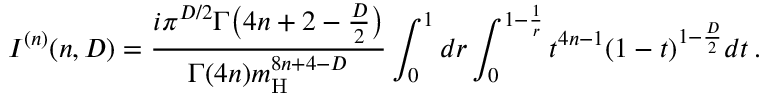
I ^ { ( n ) } ( n , D ) = \frac { i \pi ^ { D / 2 } \Gamma \big ( 4 n + 2 - \frac { D } { 2 } \big ) } { \Gamma ( 4 n ) m _ { \mathrm { H } } ^ { 8 n + 4 - D } } \int _ { 0 } ^ { 1 } d r \int _ { 0 } ^ { 1 - \frac { 1 } { r } } t ^ { 4 n - 1 } ( 1 - t ) ^ { 1 - \frac { D } { 2 } } d t \, .